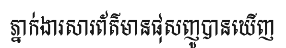
ភ្នាក់ងារសារព័ត៌មានផុសញូបានឃើញ